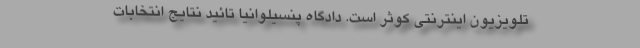
تلویزیون اینترنتی کوثر است. دادگاه پنسیلوانیا تائید نتایج انتخابات